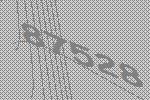
87528